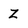
Character: Z